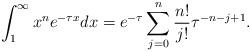
LaTeX: \begin{align*}\int_1^{\infty}x^n e^{- \tau x} dx = e^{- \tau}\sum_{j = 0}^n \frac{n!}{j!}\tau^{-n-j+1}.\end{align*}